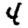
Digit: 4